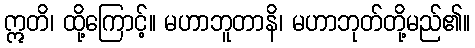
ဣတိ၊ ထို့ကြောင့်။ မဟာဘူတာနိ၊ မဟာဘုတ်တို့မည်၏။